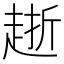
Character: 𧻸